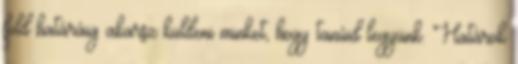
föld határáig akarsz küldeni minket, hogy tanúid legyünk. Határok